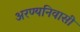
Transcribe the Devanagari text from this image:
अरण्यनिवासी